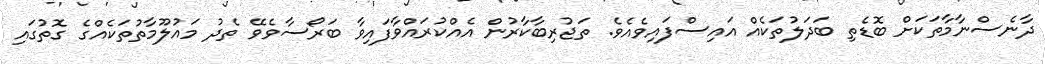
ދާނެސްނާމާތަކަށް ބޮޑެތި ބަދަލުތަކެއް އައިސްފައިވެއެވެ. ތަޖުރިބާކާރުން އެއްކުރައްވާފައިވާ ބަރޯސާވެވޭ ތެދު މައުލޫމާތުތަކެއްގެ ގޮތުގައި